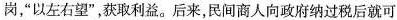
岗，”以左右望”，获取利益。后来，民间商人向政府纳过税后就可